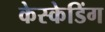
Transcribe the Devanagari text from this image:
केस्केडिंग